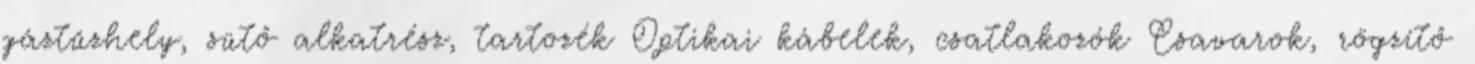
gáztűzhely, sütő alkatrész, tartozék Optikai kábelek, csatlakozók Csavarok, rögzítő